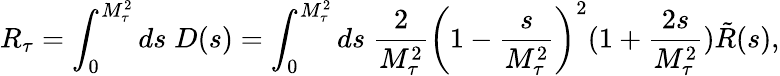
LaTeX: R_{\tau}=\int_{0}^{M_{\tau}^{2}}ds\; D(s)=\int_{0}^{M_{\tau}^{2}}ds\; \frac{2}{M_{\tau}^{2}}\left(1-\frac{s}{M_{\tau}^{2}}\right)^{2}(1+\frac{2s}{M_{\tau}^{2}})\tilde{R}(s),